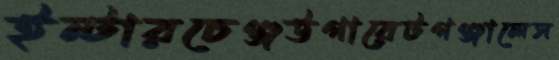
ইন্টারচেঞ্জউগারেটগঞ্জালেস